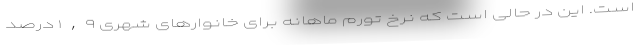
است. این در حالی است که نرخ تورم ماهانه برای خانوارهای شهری ١,٩ درصد